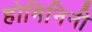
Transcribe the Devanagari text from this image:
होमिनिनी